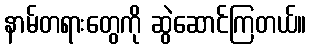
နာမ်တရားတွေကို ဆွဲဆောင်ကြတယ်။